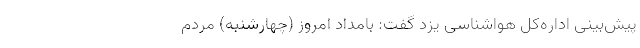
پیش‌بینی اداره‌کل هواشناسی یزد گفت: بامداد امروز (چهارشنبه) مردم